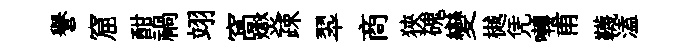
譽窟酣禍翊窩爕疎翆商狹磈變樾凭囀甫韈溘